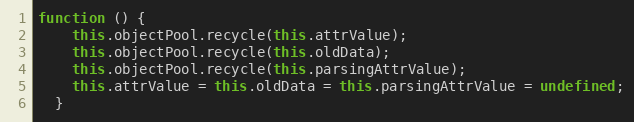
Language: JavaScript
function () {
    this.objectPool.recycle(this.attrValue);
    this.objectPool.recycle(this.oldData);
    this.objectPool.recycle(this.parsingAttrValue);
    this.attrValue = this.oldData = this.parsingAttrValue = undefined;
  }